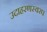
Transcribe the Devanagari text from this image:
उदाहरणस्वरप